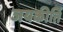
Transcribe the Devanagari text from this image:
जयकीर्ति